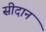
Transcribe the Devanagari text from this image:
सीदान